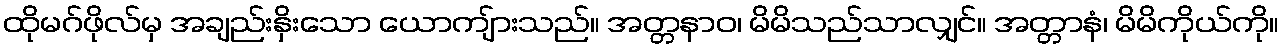
ထိုမဂ်ဖိုလ်မှ အချည်းနှိးသော ယောကျ်ားသည်။ အတ္တနာဝ၊ မိမိသည်သာလျှင်။ အတ္တာနံ၊ မိမိကိုယ်ကို။